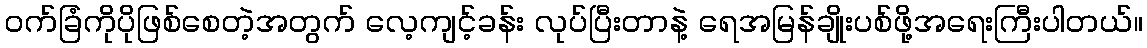
ဝက်ခြံကိုပိုဖြစ်စေတဲ့အတွက် လေ့ကျင့်ခန်း လုပ်ပြီးတာနဲ့ ရေအမြန်ချိုးပစ်ဖို့အရေးကြီးပါတယ်။